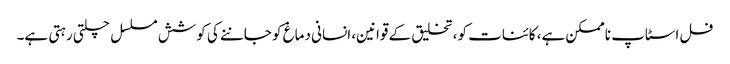
فل اسٹاپ ناممکن ہے، کائنات کو، تخلیق کے قوانین، انسانی دماغ کو جاننے کی کوشش مسلسل چلتی رہتی ہے۔